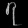
Digit: ၇